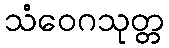
သံဝေဂသုတ္တ